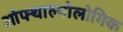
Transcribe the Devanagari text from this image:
ओफ्थाल्मोलोगिक